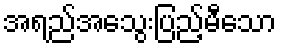
အရည်အသွေးပြည့်မီသော